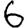
Digit: 6